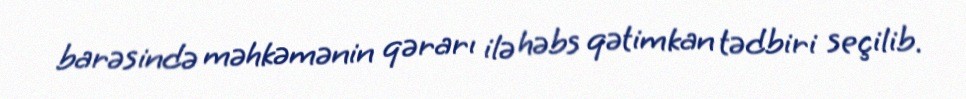
barəsində məhkəmənin qərarı ilə həbs qətimkan tədbiri seçilib.